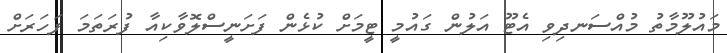
މައުލޫމާތު މުއްސަނދިވި އެޓޫ އަލުން ގައުމީ ޓީމަށް ކުޅެން ފަށަނީސްލޮވާކިއާ ފުރަތަމަ ފަހަރަށް